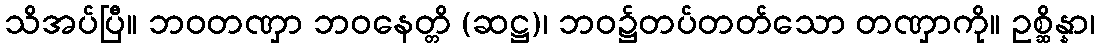
သိအပ်ပြီ။ ဘဝတဏှာ ဘဝနေတ္တိ (ဆဋ္ဌ)၊ ဘဝ၌တပ်တတ်သော တဏှာကို။ ဥစ္ဆိန္နာ၊